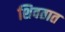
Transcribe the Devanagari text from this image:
शिवतात